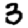
Digit: 3